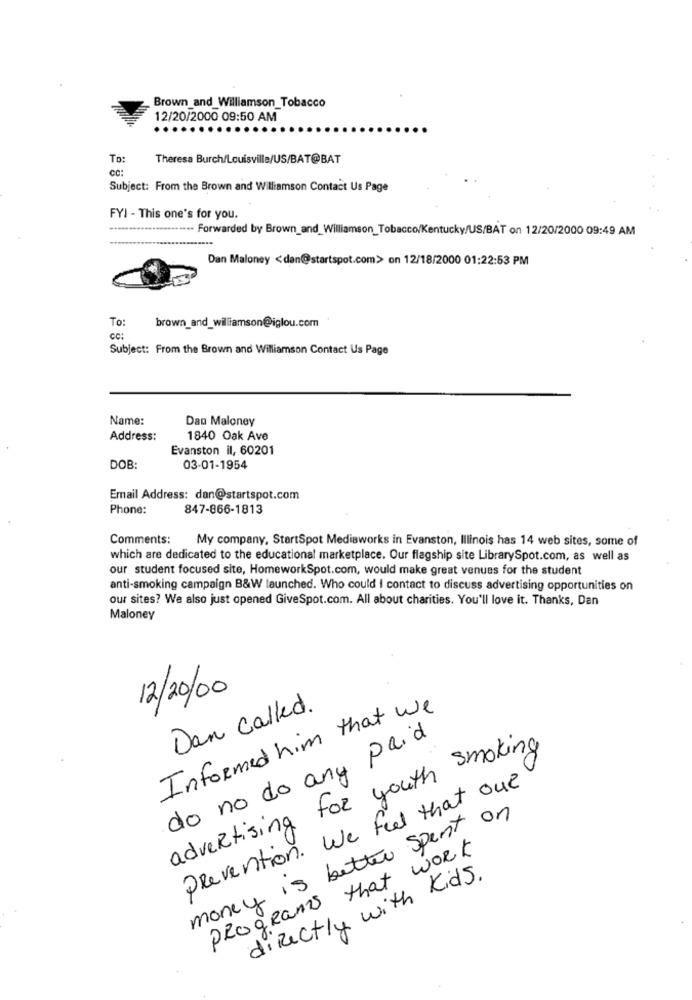
Brown_and_Williamson_Tobacco
12/20/2000 09:50 AM
To:
Theresa Burch/Louisville/US/BAT@BAT
cc:
Subject: From the Brown and Williamson Contact Us Page
FYI - This one's for you.
****** Forwarded by Brown_and_Williamson_Tobacco/Kentucky/US/BAT on 12/20/2000 09:49 AM
Dan Maloney <dan@startspot.com> on 12/18/2000 01:22:53 PM
To:
brown_and_williamson@iglou.com
cc:
Subject: From the Brown and Williamson Contact Us Page
Name:
Dan Maloney
Address:
1840 Oak Ave
Evanston il, 60201
DOB:
03-01-1954
Email Address: dan@startspot.com
Phone:
847-866-1813
Comments:
My company, StartSpot Mediaworks in Evanston, Illinois has 14 web sites, some of
which are dedicated to the educational marketplace. Our flagship site LibrarySpot.com, as well as
our student focused site, HomeworkSpot.com, would make great venues for the student
anti-smoking campaign B&W launched. Who could I contact to discuss advertising opportunities on
our sites? We also just opened GiveSpot.com. All about charities. You'll love it. Thanks, Dan
Maloney
12/20/00
Informed him that we
Dan Called.
do no do any paid
advertising for youth smoking
Prevention. We feel that out
money is better spent on
programs that work
directly with Kids.